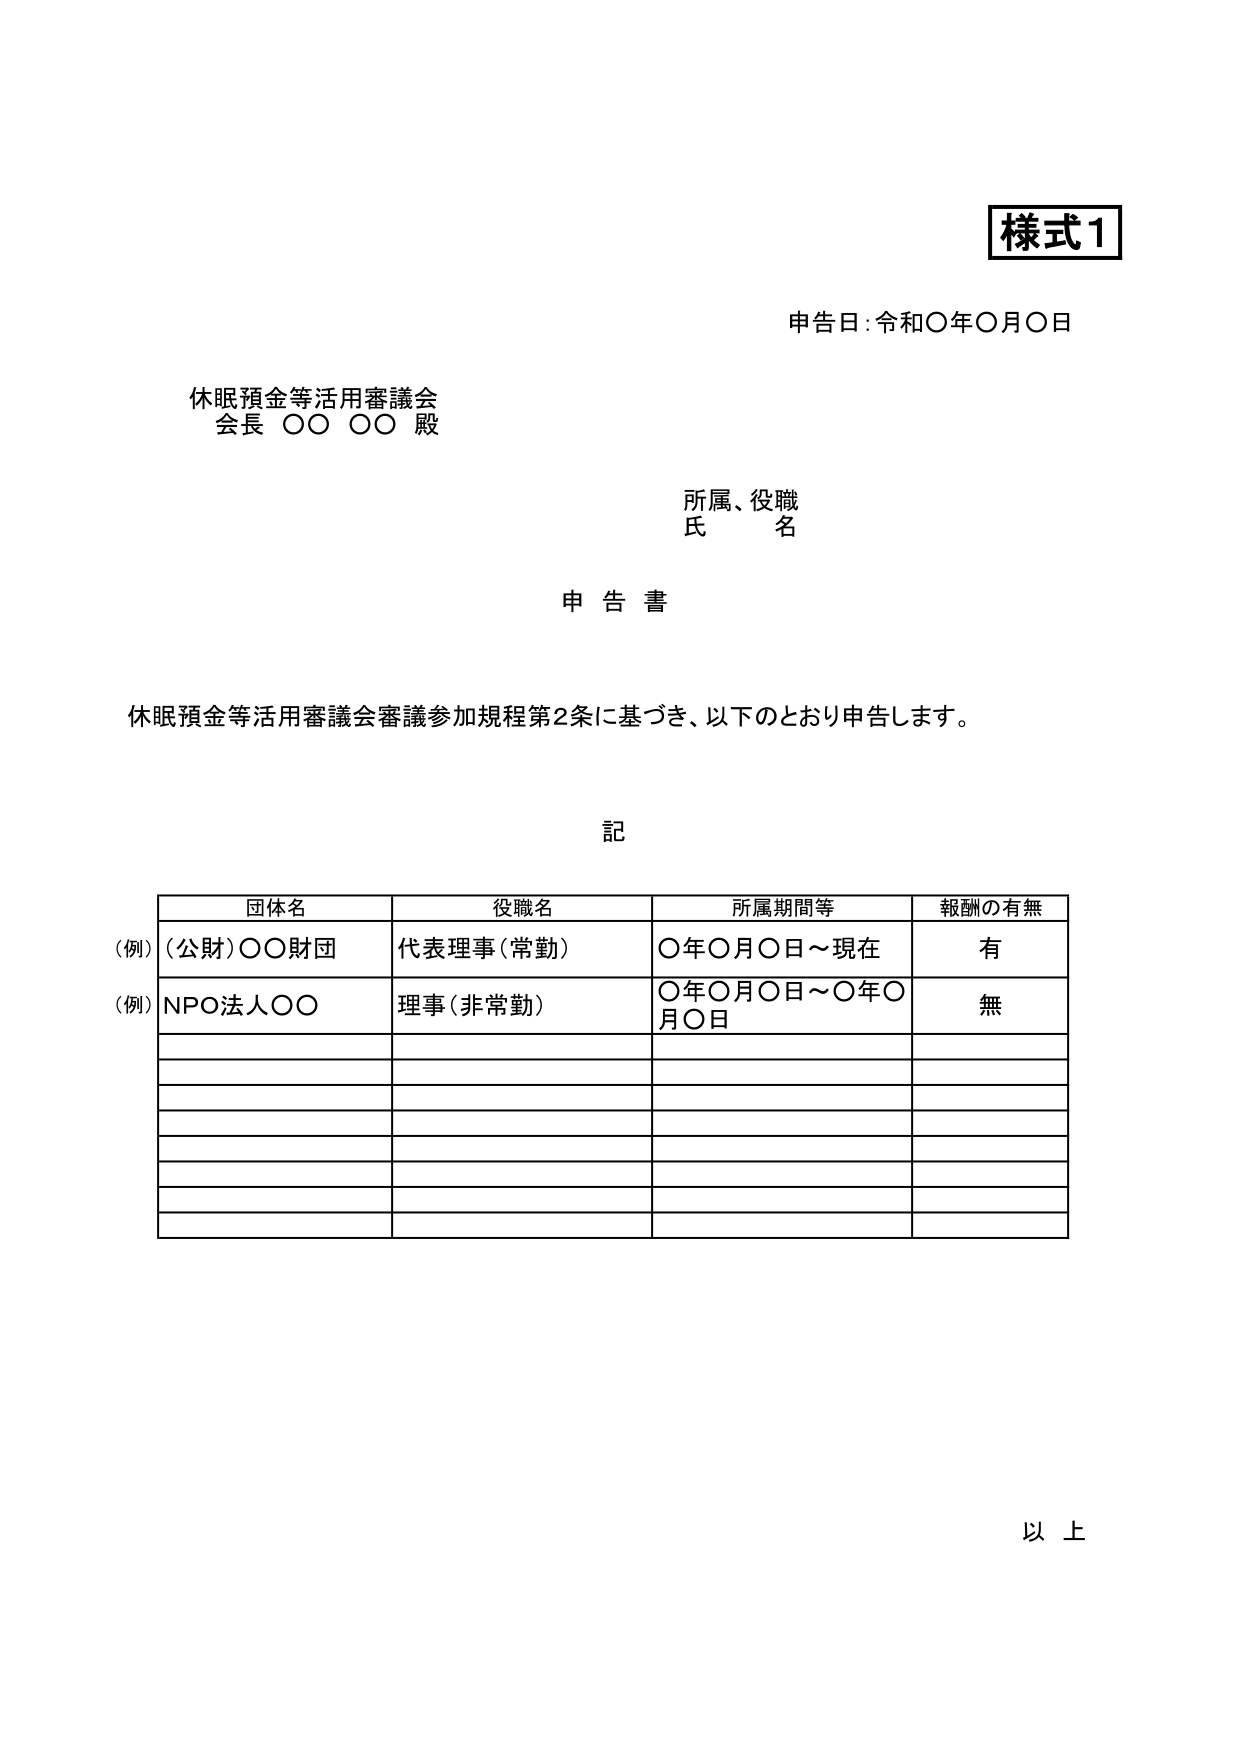
様式1
申告日：令和〇年〇月〇日

休眠預金等活用審議会
会長 〇〇 〇〇 殿

所属、役職
氏 名

申告書

休眠預金等活用審議会審議参加規程第2条に基づき、以下のとおり申告します。

記

団体名　　　　　　　役職名　　　　　　　所属期間等　　　　　報酬の有無
（例）（公財）〇〇財団　　代表理事（常勤）　　〇年〇月〇日～現在　　有
（例）NPO法人〇〇　　　　理事（非常勤）　　〇年〇月〇日～〇年〇月〇日　　無

以上